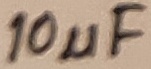
Text: 10µF